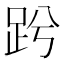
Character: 𧿝